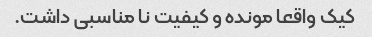
کیک واقعا مونده و کیفیت نا مناسبی داشت.